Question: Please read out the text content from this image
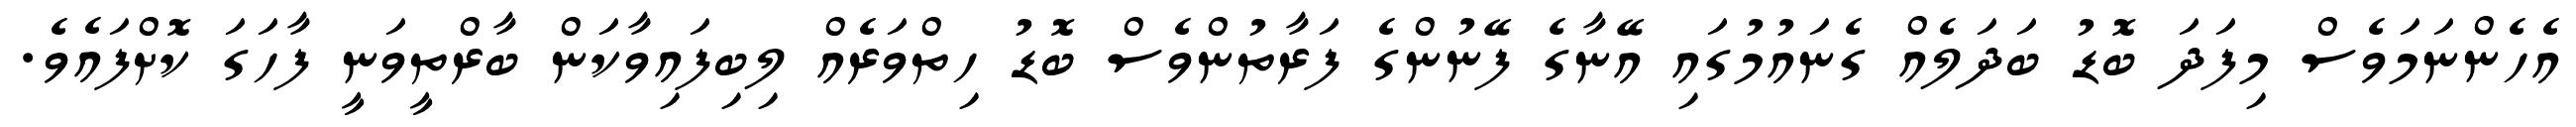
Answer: އެހެންނަމަވެސް މިފަދަ ބޮޑު ބަދަލެއް ގެނައުމުގައި އޭނާގެ ފޭނުންގެ ފަރާތުންވެސް ބޮޑު ހިތްވަރެއް ލިބިފައިވާކަން ބާރްތީވަނީ ފާހަގަ ކޮށްފައެވެ.